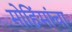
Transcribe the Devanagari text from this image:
मोहिंमांचा